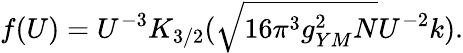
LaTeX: f(U)=U^{-3}K_{3/2}(\sqrt{16\pi^{3}g_{YM}^{2}N}U^{-2}k).